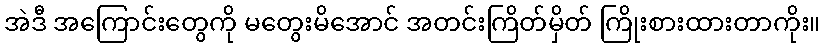
အဲဒီ အကြောင်းတွေကို မတွေးမိအောင် အတင်းကြိတ်မှိတ် ကြိုးစားထားတာကိုး။